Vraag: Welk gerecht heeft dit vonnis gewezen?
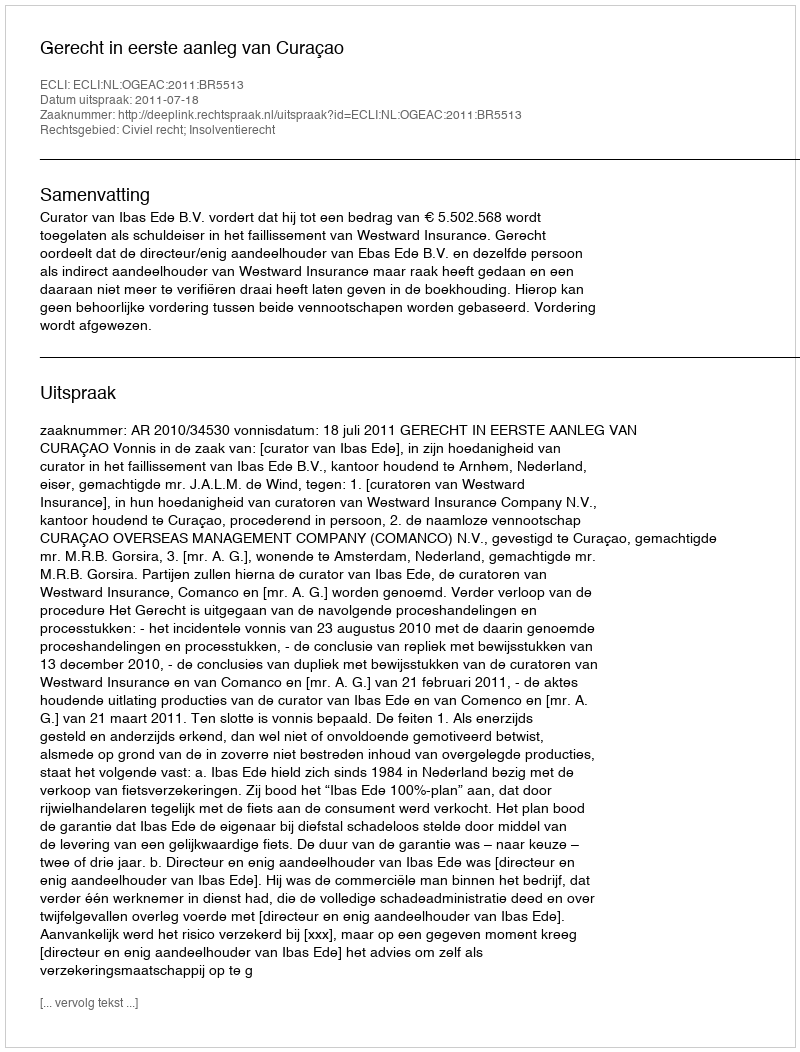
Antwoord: Gerecht in eerste aanleg van Curaçao